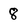
Character: 8